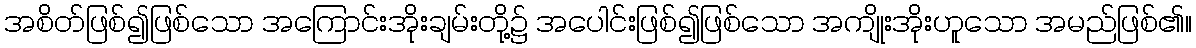
အစိတ်ဖြစ်၍ဖြစ်သော အကြောင်းအိုးချမ်းတို့၌ အပေါင်းဖြစ်၍ဖြစ်သော အကျိုးအိုးဟူသော အမည်ဖြစ်၏။